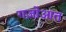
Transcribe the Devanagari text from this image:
गज़ोआत